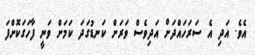
އެވެ. އަދި އެ ސަރަހައްދަށް އަދިވެސް ވަރަށް ކަނޑުގަދަ ކަމަށް ވަނީ ފާހަގަކޮށްފަ